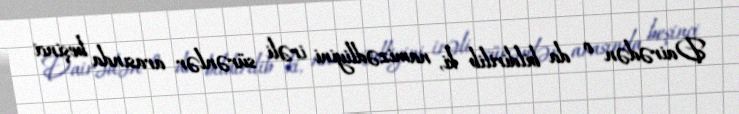
Dairədən o da bildirilib ki, namizədliyini irəli sürənlər arasında beşinci